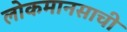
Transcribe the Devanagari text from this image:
लोकमानसाची